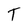
Character: T